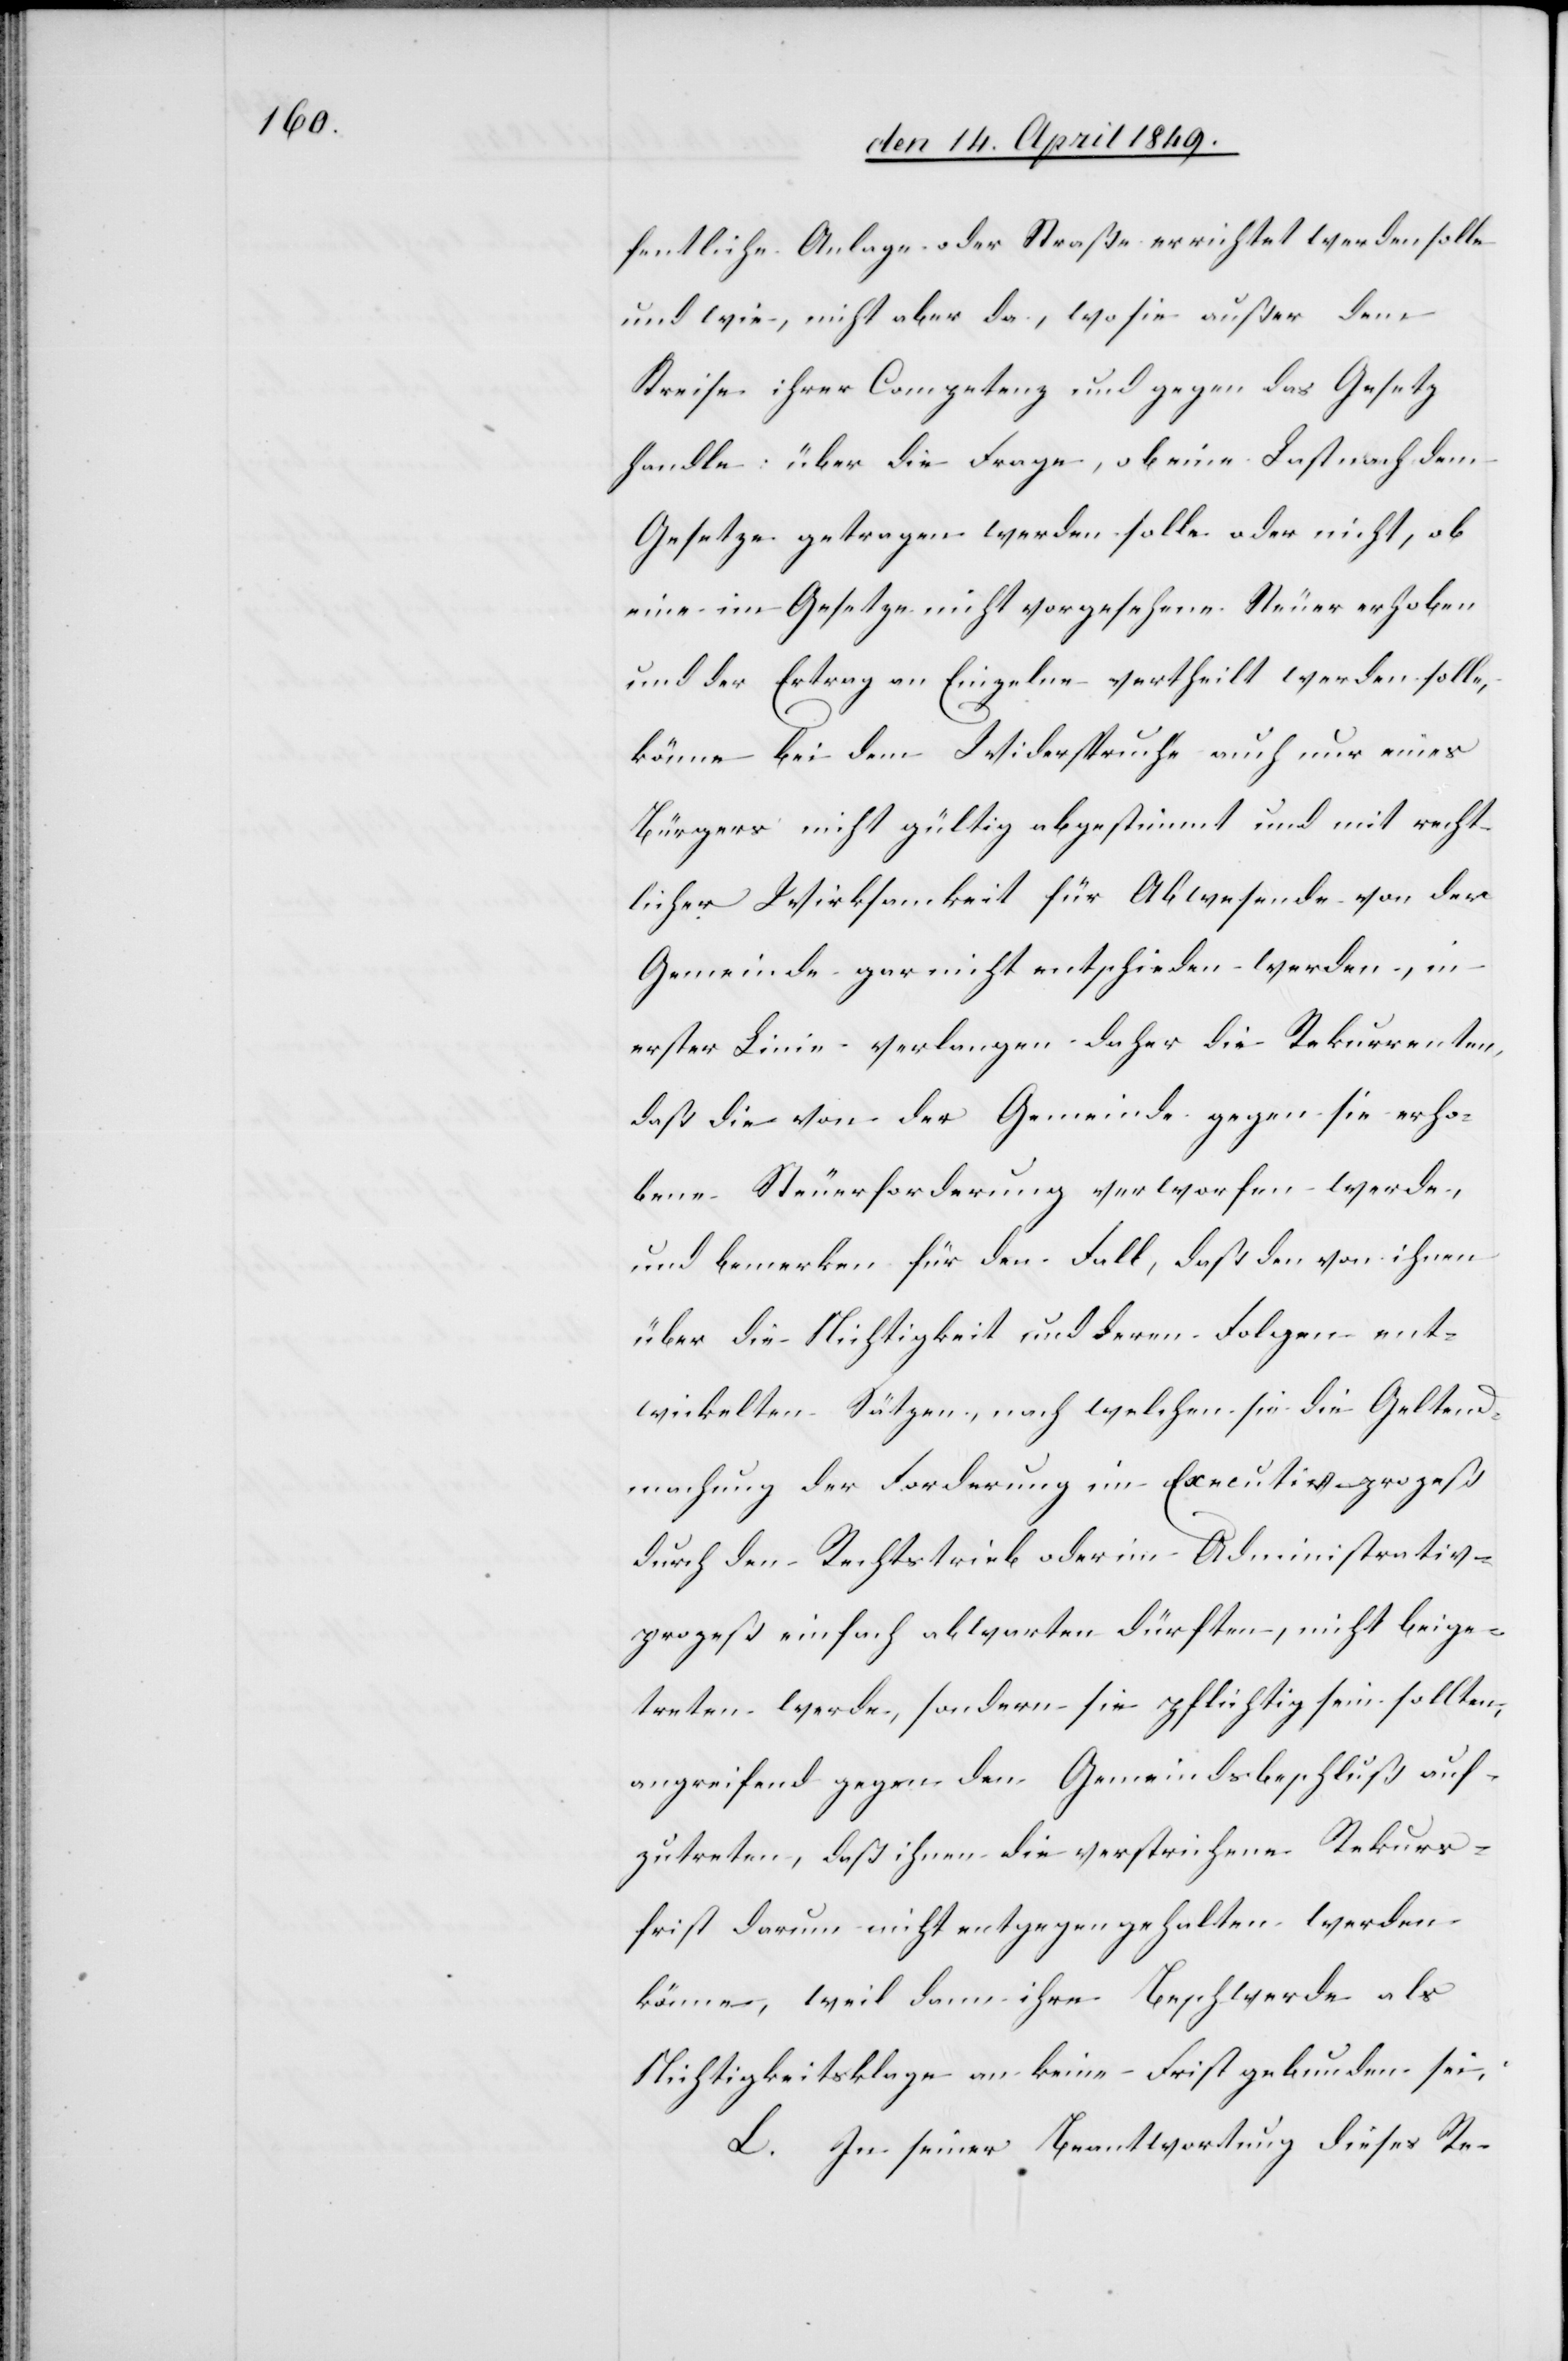
fentliche Anlage oder Straße errichtet werden sollte
und wie, nicht aber da, wo sie außer dem
Kreise ihrer Competenz und gegen das Gesetz
handle: über die Frage, ob eine Last nach dem
Gesetze getragen werden solle oder nicht, ob
und der Ertrag an Einzelne vertheilt werden solle,
könne bei dem Widerspruche auch nur eines
Bürgers nicht gültig abgestimmt und mit recht¬
licher Wirksamkeit für Abwesende von der
Gemeinde gar nicht entschieden werden, in
erster Linie verlangen daher die Rekurrenten,
daß die von der Gemeinde gegen sie erho¬
bene Steuerforderung verworfen werde,
und bemerken für den Fall, daß den von ihnen
über die Nichtigkeit und deren Folgen ent¬
wickelten Sätzen, nach welchen sie die Geltend¬
machung der Forderung im Executivprozeß
durch den Rechtstrieb oder im Administrativ¬
prozeß einfach abwarten dürften, nicht beige¬
treten werde, sondern sie pflichtig sein sollten,
angreifend gegen den Gemeindsbeschluß auf¬
zutreten, daß ihnen die verstrichene Rekurs¬
frist darum nicht entgegengehalten werden
könne, weil dann ihre Beschwerde als
Nichtigkeitsklage an keine Frist gebunden sei;
L. In seiner Beantwortung dieses Re-